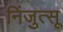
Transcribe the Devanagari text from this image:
निंजुत्सू